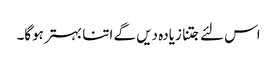
اس لئے جتنا زیادہ دیں گے اتنا بہتر ہوگا۔